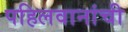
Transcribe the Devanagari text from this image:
पहिलवानांची